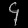
Digit: ၄